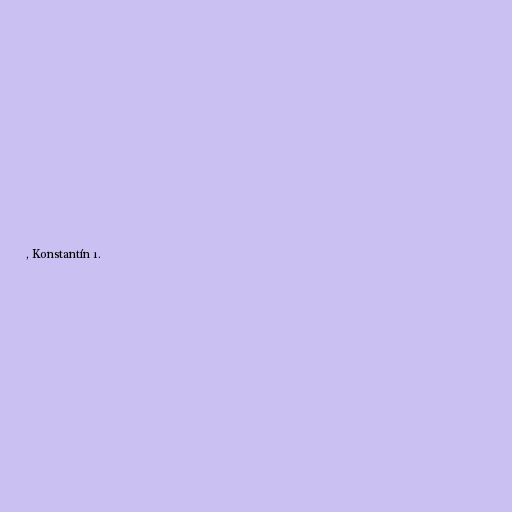
, Konstantín 1.